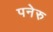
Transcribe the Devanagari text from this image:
पनेरु